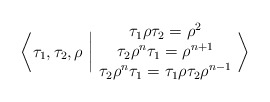
\begin{align*}\bigg\langle \tau_1, \tau_2, \rho \ \bigg\vert\ \begin{matrix}\tau_1 \rho \tau_2=\rho^2\\\tau_2 \rho^{n} \tau_1=\rho^{n+1}\\\tau_2 \rho^n \tau_1=\tau_1 \rho \tau_2 \rho^{n-1}\end{matrix}\ \bigg\rangle\end{align*}